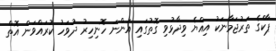
ޕާކްގެ ތަރުޖަމާނަކު އިއްޔެ ވިދާޅުވި ގޮތުގައި އަންނަ ހޮނިހިރު ދުވަހު ކުރައްވަން އޮތް